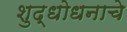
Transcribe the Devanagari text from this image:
शुद्धोधनाचे